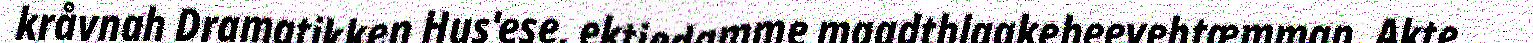
kråvnah Dramatikken Hus'ese, ektiedamme maadthlaakeheevehtæmman. Akte